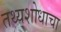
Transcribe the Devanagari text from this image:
तथ्यशोधाचा